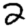
Digit: 2